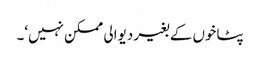
پٹاخوں کے بغیر دیوالی ممکن نہیں‘۔